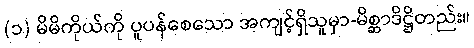
(၁) မိမိကိုယ်ကို ပူပန်စေသော အကျင့်ရှိသူမှာ-မိစ္ဆာဒိဋ္ဌိတည်း။